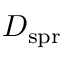
D _ { \mathrm { s p r } }